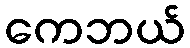
ကေဘယ်